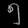
Digit: ၅